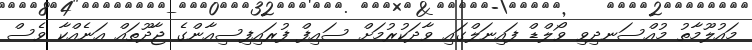
މައުލޫމާތު މުއްސަނދިވި ވޯލްޑް ފައިނަލްގައި ވާދަކުރުމަށް ސައިފް ފުރައިފިސިއާންގެ ޖާދޫތައް އަނެއްކާ ވެސް